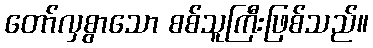
တော်လှစွာသော စစ်သူကြီးဖြစ်သည်။